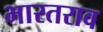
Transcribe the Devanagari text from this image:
भारतराव